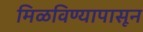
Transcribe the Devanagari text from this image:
मिळविण्यापासून